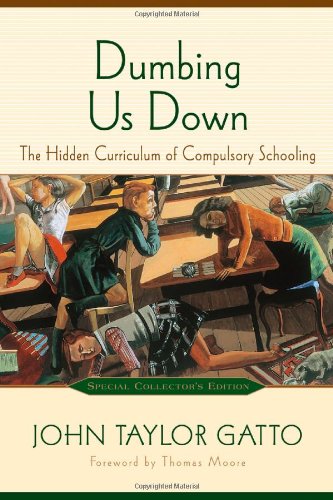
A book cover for Dumbing Us Down: The Hidden Curriculum of Compulsory Schooling, 10th Anniversary Edition; John Taylor Gatto; Education & Teaching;